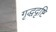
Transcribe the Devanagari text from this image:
गृद्धदृष्टि